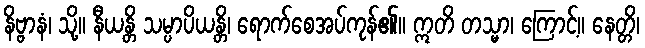
နိဗ္ဗာနံ၊ သို့။ နီယန္တိ သမ္ပာပိယန္တိ၊ ရောက်စေအပ်ကုန်၏။ ဣတိ တသ္မာ၊ ကြောင့်။ နေတ္တိ၊